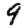
Digit: 9